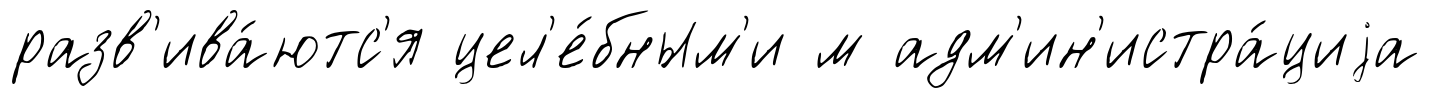
разв'ива́ютс'я цел'е́бным'и м адм'ин'истра́циjа